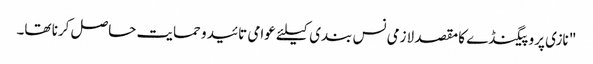
" نازی پروپیگنڈے کا مقصد لازمی نس بندی کیلئے عوامی تائید و حمایت حاصل کرنا تھا۔